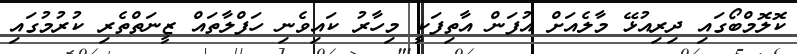
ކޮލޮމްބޯގައި ދިރިއުޅޭ މާލެއަށް އުފަން އާތިފަކީ މިހާރު ކައިވެނި ހަފްލާތައް ޒީނަތްތެރި ކުރުމުގައި